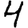
Digit: 4